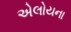
એલોયના